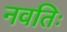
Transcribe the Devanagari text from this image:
नवतिः